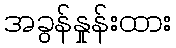
အခွန်နှုန်းထား